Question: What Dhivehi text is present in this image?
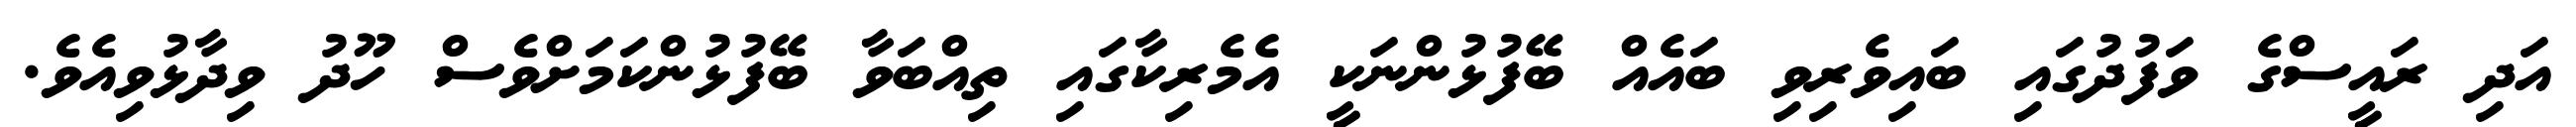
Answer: އަދި ރައީސްގެ ވަފުދުގައި ބައިވެރިވި ބައެއް ބޭފުޅުންނަކީ އެމެރިކާގައި ތިއްބަވާ ބޭފުޅުންކަމަށްވެސް ހޫދު ވިދާޅުވިއެވެ.